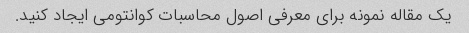
یک مقاله نمونه برای معرفی اصول محاسبات کوانتومی ایجاد کنید.